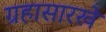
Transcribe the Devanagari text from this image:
ग्रहासारखे